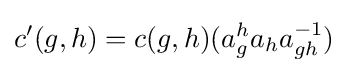
c'(g,h)=c(g,h)(a_{g}^{h}a_{h}a_{gh}^{-1})